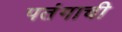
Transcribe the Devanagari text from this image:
पतंगाची